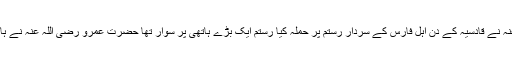
علامہ طرطوسی رحمہ اللہ لکھتے ہیں کہ حضرت عمرو بن معدی کرب رضی اللہ عنہ نے قادسیہ کے دن اہل فارس کے سردار رستم پر حملہ کیا رستم ایک بڑے ہاتھی پر سوار تھا حضرت عمرو رضی اللہ عنہ نے ہاتھی کی کونچیں پکڑ کر کھینچیں تو رستم نیچے گر گیا اور اس کے اوپر ہاتھی اگرا ۔